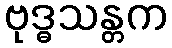
ဗုဒ္ဓသန္တက